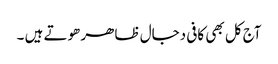
آج کل بھی کافی دجال ظاھر ھوتے ہیں ۔